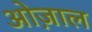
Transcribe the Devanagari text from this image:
ओज़ाल